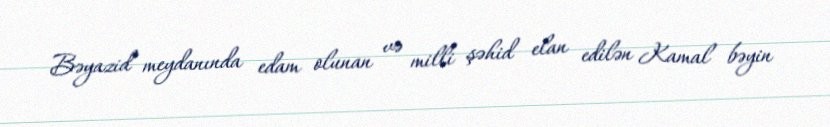
Bəyazid meydanında edam olunan və milli şəhid elan edilən Kamal bəyin